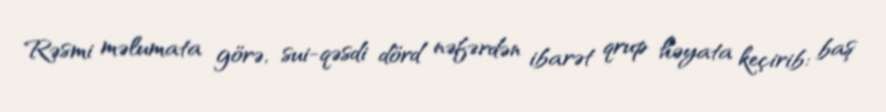
Rəsmi məlumata görə, sui-qəsdi dörd nəfərdən ibarət qrup həyata keçirib: baş